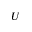
U